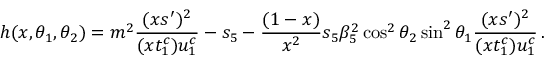
h ( x , \theta _ { 1 } , \theta _ { 2 } ) = m ^ { 2 } \frac { ( x s ^ { \prime } ) ^ { 2 } } { ( x t _ { 1 } ^ { c } ) u _ { 1 } ^ { c } } - s _ { 5 } - \frac { ( 1 - x ) } { x ^ { 2 } } s _ { 5 } \beta _ { 5 } ^ { 2 } \cos ^ { 2 } \theta _ { 2 } \sin ^ { 2 } \theta _ { 1 } \frac { ( x s ^ { \prime } ) ^ { 2 } } { ( x t _ { 1 } ^ { c } ) u _ { 1 } ^ { c } } \, .